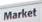
market